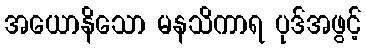
အယောနိသော မနသိကာရ ပုဒ်အဖွင့်